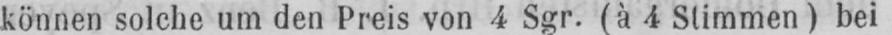
können solche um den Preis von 4 Sgr. (à 4 Stimmen) bei